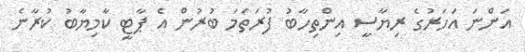
އަންނަ އަހަރުގެ ރިޔާސީ އިންތިހާބު ފުރަތަމަ ބުރުން އެ ޕާޓީ ކާމިޔާބު ކުރާނެ